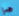
هي